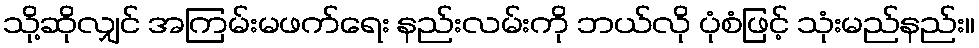
သို့ဆိုလျှင် အကြမ်းမဖက်ရေး နည်းလမ်းကို ဘယ်လို ပုံစံဖြင့် သုံးမည်နည်း။